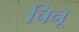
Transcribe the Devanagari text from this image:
चिनू